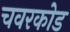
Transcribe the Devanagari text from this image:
चवरकोड